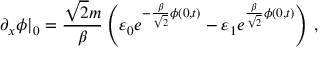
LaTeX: \partial _ { x } \phi | _ { 0 } = \frac { \sqrt { 2 } m } { \beta } \left( \varepsilon _ { 0 } e ^ { - \frac { \beta } { \sqrt { 2 } } \phi ( 0 , t ) } - \varepsilon _ { 1 } e ^ { \frac { \beta } { \sqrt { 2 } } \phi ( 0 , t ) } \right) \, ,